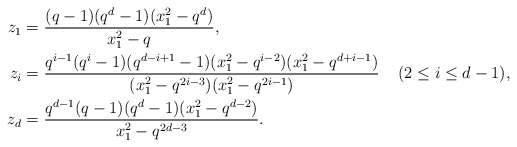
\begin{align*} z_1 &= \frac{(q-1)(q^d-1)(x_1^2 - q^d)} {x_1^2 - q},\\ z_i &= \frac{q^{i-1}(q^i-1)(q^{d-i+1}-1)(x_1^2 - q^{i-2})(x_1^2 - q^{d+i-1})} {(x_1^2 - q^{2i-3})(x_1^2 - q^{2i-1})} && (2 \leq i \leq d-1),\\ z_d &= \frac{q^{d-1}(q-1)(q^d-1)(x_1^2 - q^{d-2})} {x_1^2 - q^{2d-3}}.\end{align*}